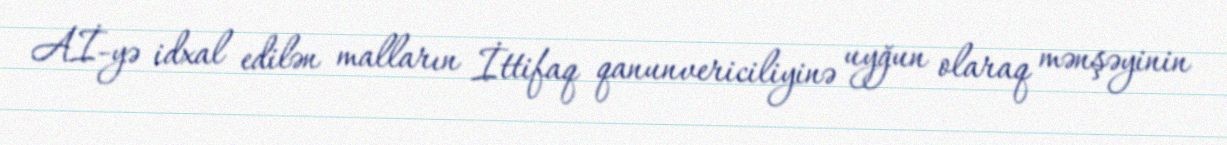
Aİ-yə idxal edilən malların İttifaq qanunvericiliyinə uyğun olaraq mənşəyinin